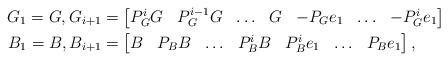
LaTeX: \begin{align*} G_1 = G,G_{i+1} & = \begin{bmatrix} P_G^i G & P_G^{i-1} G & \hdots & G & -P_G e_1 & \hdots & -P_G^i e_1 \end{bmatrix}\\ B_1 = B, B_{i+1} & = \begin{bmatrix} B & P_B B & \hdots & P_B^i B & P_B^i e_1 & \hdots & P_B e_1 \end{bmatrix},\end{align*}